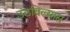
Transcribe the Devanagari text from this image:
उठविल्यास